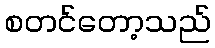
စတင်တော့သည်